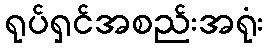
ရုပ်ရှင်အစည်းအရုံး